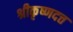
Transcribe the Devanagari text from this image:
श्रीकृष्णदत्त